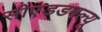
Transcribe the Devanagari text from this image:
सीएंडडबल्यू